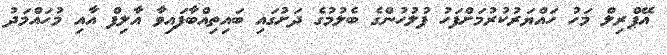
އޭޕްރިލް މަހު ހައްޔަރުކުރުމަށްފަހު ފުލުހުންގެ ބެލުމުގެ ދަށުގައި ބައިތިއްބާފައިވާ އާލިފް އާއި މުހައްމަދު